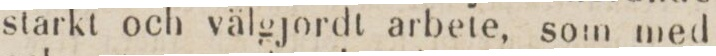
starkt och välgjordt arbete, som med